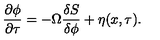
\frac { \partial \phi } { \partial \tau } = - \Omega \frac { \delta S } { \delta \phi } + \eta ( x , \tau ) .